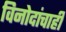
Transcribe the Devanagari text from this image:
विनोदांचाही